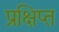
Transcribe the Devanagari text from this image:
प्रक्षिप्‍त